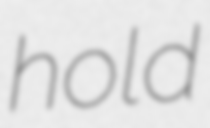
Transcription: hold